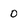
Character: 0